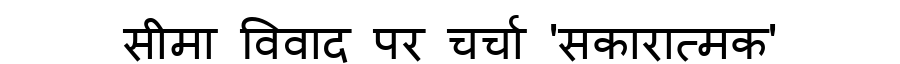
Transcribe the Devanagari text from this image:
सीमा विवाद पर चर्चा 'सकारात्मक'